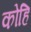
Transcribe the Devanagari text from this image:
कोहि